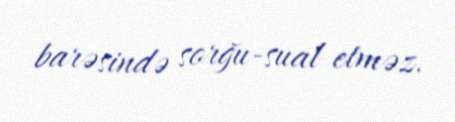
barəsində sorğu-sual etməz.